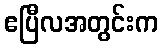
ဧပြီလအတွင်းက